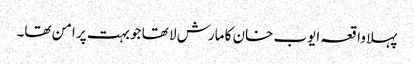
پہلا واقعہ ایوب خان کا مارش لا تھا جو بہت پر امن تھا۔